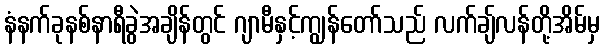
နံနက်ခုနစ်နာရီခွဲအချိန်တွင် ဂျာမီနှင့်ကျွန်တော်သည် လက်ချ်လန်တို့အိမ်မှ